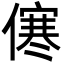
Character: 㒏